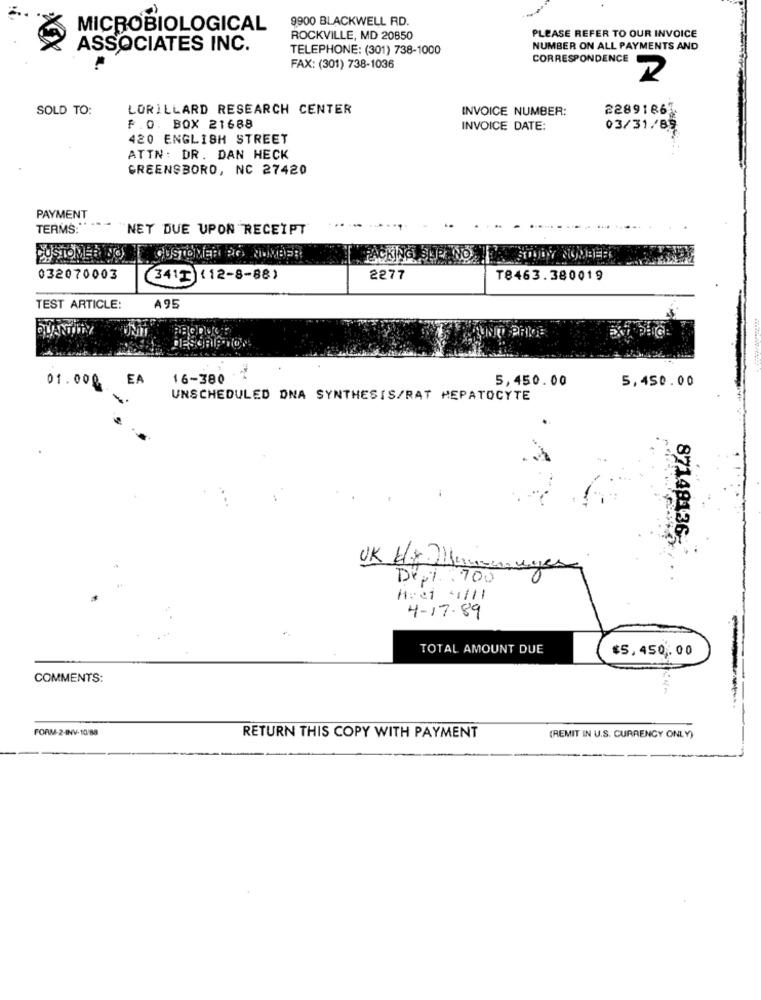
9900 BLACKWELL RD.
MICROBIOLOGICAL
ROCKVILLE, MD 20850
PLEASE REFER TO OUR INVOICE
ASSOCIATES INC.
TELEPHONE: (301) 738-1000
NUMBER ON ALL PAYMENTS AND
CORRESPONDENCE
FAX: (301) 738-1036
2
SOLD TO:
LORILLARD RESEARCH CENTER
INVOICE NUMBER:
22891863
F.O. BOX 21688
INVOICE DATE:
03/31/85
420 ENGLISH STREET
ATTN: DR. DAN HECK
GREENSBORO, NC 27420
PAYMENT
TERMS:
NET DUE UPON RECEIPT
CUSTOMER DO
CUSTOMER DO WONDER
PACKING SHE NO.
032070003
(3412)(12-8-88)
2277
T8463.380019
TEST ARTICLE:
A95
QUANTITY
DESCRIPTION
EA
16-380 1
5,450.00
5,450.00
01.000
UNSCHEDULED DNA SYNTHESIS/RAT HEPATOCYTE
87148136-
Depi 700
H:e1 "1/11
4-17. 89
-
TOTAL AMOUNT DUE
$5,450 ,. 00
-
COMMENTS:
FORM-2-INV-10/88
RETURN THIS COPY WITH PAYMENT
(REMIT IN U.S. CURRENCY ONLY)